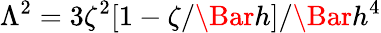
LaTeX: \Lambda^{2}=3\zeta^{2}[1-\zeta/\Bar{h}]/\Bar{h}^{4}